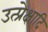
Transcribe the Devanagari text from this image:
उत्प्रेक्षादि